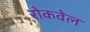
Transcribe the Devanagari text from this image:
रोकवेल